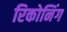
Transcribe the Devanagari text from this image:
रिकोनिंग